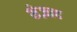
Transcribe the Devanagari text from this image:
शेज़ाद